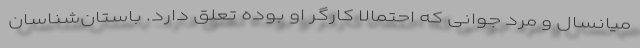
میانسال و مرد جوانی که احتمالا کارگر او بوده تعلق دارد. باستان‌شناسان